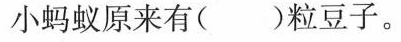
小蚂蚁原来有( )粒豆子。